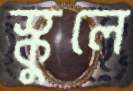
স্কুলে